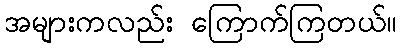
အများကလည်း ကြောက်ကြတယ်။